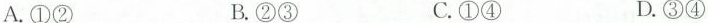
A.①② B.②③ C.①④ D.③④